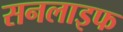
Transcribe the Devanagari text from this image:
सनलाइफ